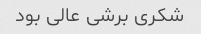
شکری برشی عالی بود